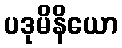
ပဒုမိနိယော